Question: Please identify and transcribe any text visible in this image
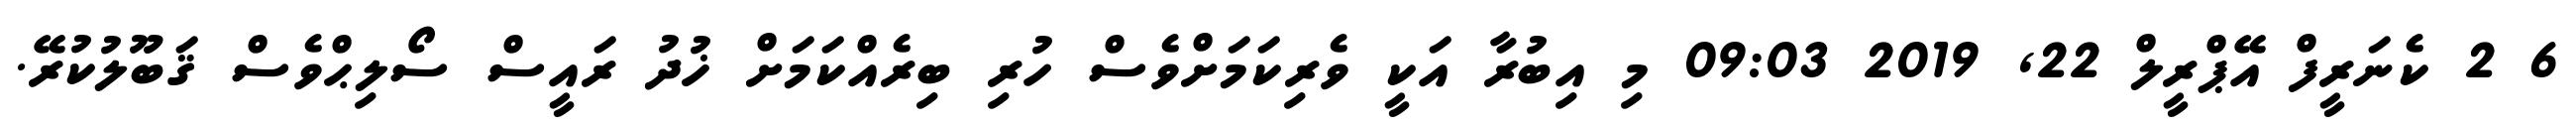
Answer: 6 2 ކެނަރީފް އޭޕްރީލް 22, 2019 09:03 މި އިބުރާ އަކީ ވެރިކަމަށްވެސް ހުރި ބިރެއްކަމަށް ޚުދު ރައީސް ސޯލިޙްވެސް ޤަބޫލުކުރޭ.